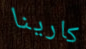
كارينا